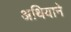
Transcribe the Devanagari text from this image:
अथियाने